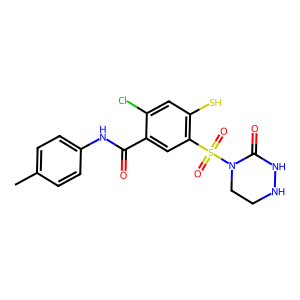
SMILES: Cc1ccc(NC(=O)c2cc(S(=O)(=O)N3CCNNC3=O)c(S)cc2Cl)cc1
Inhibits HIV replication: Yes